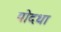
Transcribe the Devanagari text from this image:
योदधा